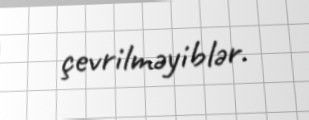
çevrilməyiblər.